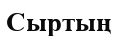
Сыртың